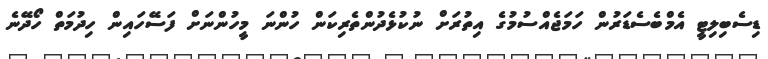
ޑިސެބިލިޓީ އެމްބެސެޑަރުން ހަމަޖެއްސުމުގެ އިތުރަށް ނުކުޅެދުންތެރިކަން ހުންނަ މީހުންނަށް ފަސޭހައިން ހިދުމަތް ހޯދޭނެ